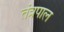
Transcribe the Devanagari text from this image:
तंत्रपाल